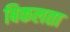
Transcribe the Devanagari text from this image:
बिकलता